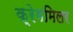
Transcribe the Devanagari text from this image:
क्रेगमिलर